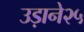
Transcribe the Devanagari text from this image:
उड़ाने२५